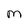
Character: M